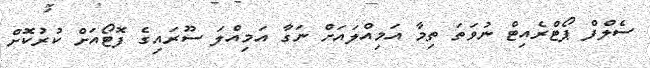
ސެލްފް ޕޯޓްރެއިޓް ނުވަތަ ތިމާ އަމިއްލައަށް ނަގާ އަމިއްލަ ސޫރައިގެ ފޮޓޯއަށް ކުރުކޮށް